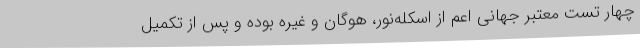
چهار تست معتبر جهانی اعم از اسکله‌نور، هوگان و غیره بوده و پس از تکمیل